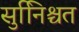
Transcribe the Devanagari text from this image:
सुनििश्चत